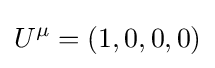
U^{\mu }=(1,0,0,0)